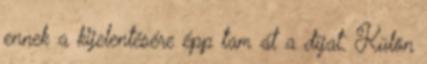
ennek a kijelentésére épp tam át a díjat. Külön